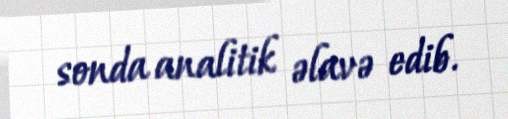
sonda analitik əlavə edib.